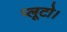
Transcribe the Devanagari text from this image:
प्लूटो।